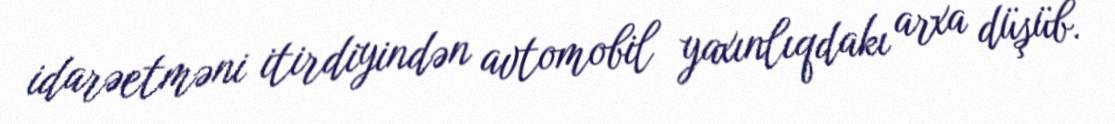
idarəetməni itirdiyindən avtomobil yaxınlıqdakı arxa düşüb.